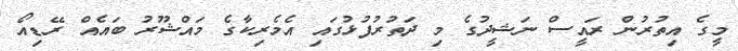
މީގެ އިތުރުން ރައީސް ނަޝީދުގެ މި ދަތުރުފުޅުގައި އެމެރިކާގެ މައްޝޫރު ބައެއް ރޭޑިއޯ